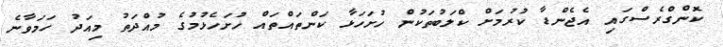
ކޮންގްރެސްގައި އެޖެންޑާ ކުރުމަށް ކްލަބުތަކުން ހުށަހަޅާ ކަންތައްތައް ހުށަހެޅުމުގެ މުއްދަތު މިއަދު ހަމަވާނެ